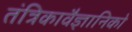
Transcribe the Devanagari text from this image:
तंत्रिकावैज्ञानिको